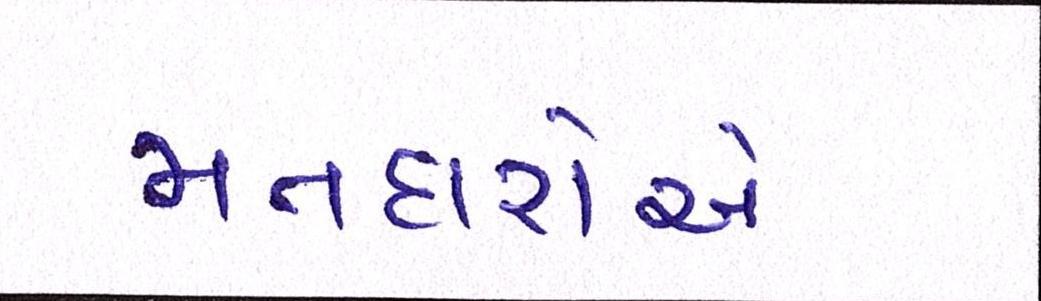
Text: મતદારોએ